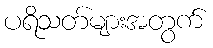
ပရိသတ်များအတွက်